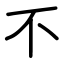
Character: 不